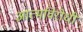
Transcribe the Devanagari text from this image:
आत्मविरोधी